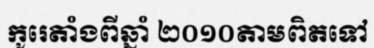
កូរេតាំងពីឆ្នាំ ២០១០តាមពិតទៅ